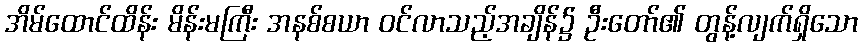
အိမ်ထောင်ထိန်း မိန်းမကြီး အနစ်စယာ ဝင်လာသည့်အချိန်၌ ဦးတော်၏ တွန့်လျက်ရှိသော